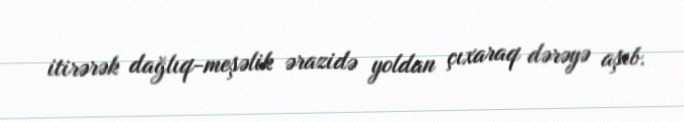
itirərək dağlıq-meşəlik ərazidə yoldan çıxaraq dərəyə aşıb.